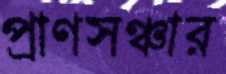
প্রাণসঞ্চার